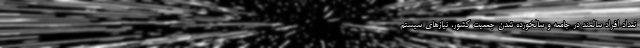
تعداد افراد سالمند در جامعه‌ و سالخورده شدن جمعیت کشور، نیازهای سیستم